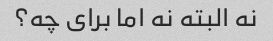
نه البته نه اما برای چه؟